system: You are a helpful assistant.
user:
Analyze the provided spectrum to determine if it is a **White Dwarf (WD)**.

A White Dwarf spectrum is defined by its **extreme purity** (due to gravitational settling) and/or **extreme pressure broadening** (due to high surface gravity). You must check for one of the following mutually exclusive signatures:

- **Key Visual Indicators (Check for ONE of these types):**

    - **1. DA-Type Signature (Most Common):**
        - **(Primary Feature):** Extreme pressure broadening (Stark broadening) of the **Hydrogen (H) Balmer lines**.
        - **(Key Lines):** $H\beta$ (approx. $4861$ Å) and $H\gamma$ (approx. $4340$ Å). $H\alpha$ (approx. $6563$ Å) will also be present if the wavelength range covers it.
        - **(Line Profile):** This is the **defining feature**. The lines are **NOT** sharp. They appear as massive, **extremely broad and deep "troughs" or "dips"** in the spectrum, often hundreds of Ångströms wide. The continuum will appear to "scoop" down at these wavelengths.
        - **(Distinction):** Normal A-type or B-type stars have *narrow* and *sharp* Hydrogen lines. A DA White Dwarf's lines are unmistakably "smeared" or "blurry" from pressure.

    - **2. DB-Type Signature:**
        - **(Primary Feature):** Broad absorption lines from **Neutral Helium (He I)**. The spectrum must lack any visible Hydrogen lines.
        - **(Key Lines):** Look for broad absorption near $4471$ Å, $4921$ Å, and $5876$ Å.
        - **(Line Profile):** These lines are also significantly pressure-broadened, appearing much wider than they would in a normal B-type main-sequence star.

    - **3. DC-Type Signature:**
        - **(Primary Feature):** A **featureless continuous spectrum**.
        - **(Line Profile):** The spectrum is a smooth curve with **no significant absorption or emission lines**.
        - **(Key Confirmation):** The continuum is almost always **blue or white**, indicating a hot object. This signature implies the atmosphere is so pure (or so cool) that no spectral lines are visible in the optical range. Its WD identity is confirmed by its extremely low intrinsic brightness (high absolute magnitude).

    - **4. DZ-Type Signature (Metal-Polluted):**
        - **(Primary Feature):** **Isolated, narrow metal absorption lines** on an otherwise featureless (DC-like) continuum.
        - **(Key Lines):** The **Calcium (Ca II) H & K doublet** (approx. **$3934$ Å** and **$3968$ Å**) is the most common and defining feature.
        - **(Line Profile):** These lines are "out of place." They are *not* part of a "forest" of thousands of lines. This signature is evidence of recent *accretion* (pollution) from rocky debris.
        - **(Distinction):** Normal G/K/M stars have a *dense forest* of thousands of metal lines. A DZ has a *clean* continuum with *only a few* strong metal lines.

    - **5. DQ-Type Signature (Carbon-Polluted):**
        - **(Primary Feature):** Absorption bands from **Carbon (C₂ "Swan Bands" or atomic C I)**.
        - **(Key Lines - C₂):** Look for bandheads with a "saw-tooth" shape near $5635$ Å, **$5165$ Å** (strongest), and $4737$ Å.
        - **(Key Confirmation):** The underlying **continuum must be blue or white** (hot).
        - **(Distinction):** This is the critical difference from a **Carbon Star**, which has the *exact same* C₂ bands but on an extremely **red, cool** continuum.

- **(Overall Spectrum):**
    - The continuum (overall shape) is typically **blue-sloping** (brighter in the blue than the red), as most white dwarfs are very hot.
    - The spectrum will look "pure" or "simple," dominated by only *one* of the five signatures listed above.

Think first, call **spectral_visualization_tool** if needed to examine features in detail, then provide your final answer. Your response must adhere to the following strict rules:
1.  **Overall Structure:** Your response must follow the format `<think>...</think> <tool_call>...</tool_call> (if a tool is used) <answer>...</answer>`.
2.  **Tool Usage Constraint:** You may only make **one** tool call per turn.
3.  **Final Answer Format:** In the `<answer>` tag, your conclusion must be inside a `\boxed{}` command (e.g., `\boxed{YES}` or `\boxed{NO}`), followed by your justification.

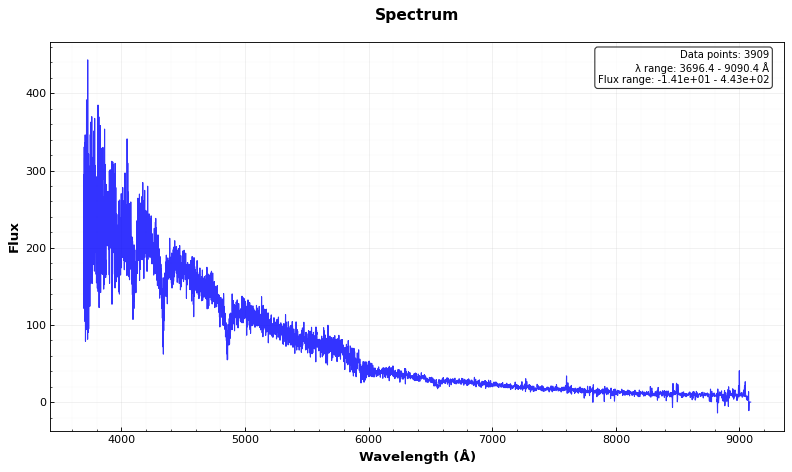
Answer: YES